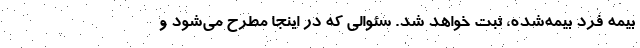
بیمه فرد بیمه‌شده، ثبت خواهد شد. سئوالی که در اینجا مطرح می‌شود و